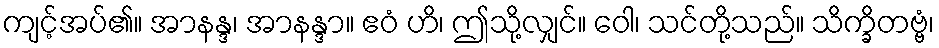
ကျင့်အပ်၏။ အာနန္ဒ၊ အာနန္ဒာ။ ဧဝံ ဟိ၊ ဤသို့လျှင်။ ဝေါ၊ သင်တို့သည်။ သိက္ခိတဗ္ဗံ၊